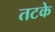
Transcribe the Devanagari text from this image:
तटके